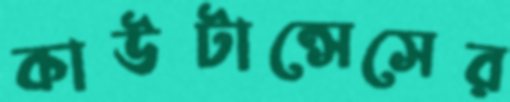
কাউটান্সেসের